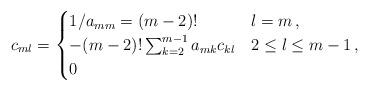
LaTeX: \begin{align*}c_{ml} &= \begin{cases} 1/a_{mm} = (m-2)! & l = m\,,\\- (m-2)! \sum_{k=2}^{m-1} a_{mk} c_{kl} & 2 \le l \le m-1\,,\\0 & \end{cases}\end{align*}